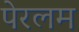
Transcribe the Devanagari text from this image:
पेरलम